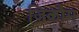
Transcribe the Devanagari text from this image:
ज़िकौम